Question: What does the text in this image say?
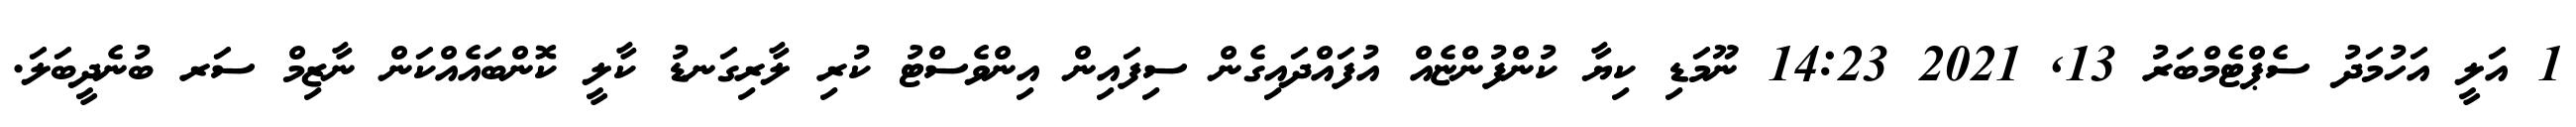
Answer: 1 އަލީ އަހުމަދު ސެޕްޓެމްބަރު 13, 2021 14:23 ނޫމަޑި ކިޔާ ކުންފުންޏެއް އުފައްދައިގެން ސިފައިން އިންވެސްޓު ކުރި ލާރިގަނޑު ކާލީ ކޮންބައެއްކަން ނާޒިމް ސަރ ބުނެދީބަލަ.